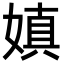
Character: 嫃